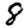
Digit: 8